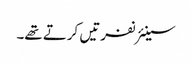
سینئر نفرتیں کرتے تھے۔